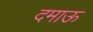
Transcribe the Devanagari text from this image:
दमाऊ